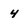
Character: 4